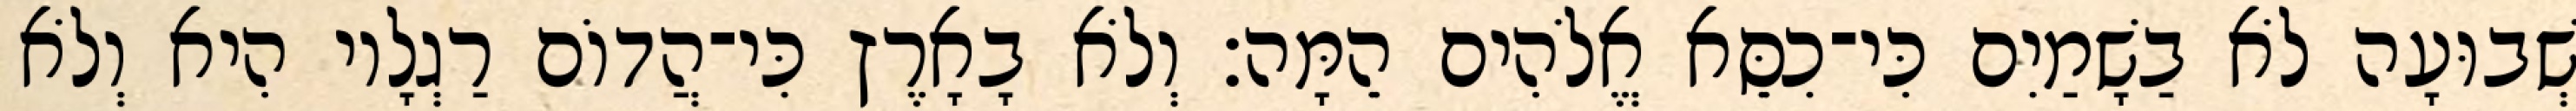
שְׁבוּעָה לֹא בַשָׁמַיִם כִּי־כִסֵּא אֱלֹהִים הֵמָּה׃ וְלֹא בָאָרֶץ כִּי־הֲדוֹם רַגְלָיו הִיא וְלֹא